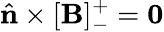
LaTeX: \hat{\mathbf{n}}\times[\mathbf{B}]_{-}^{+}=\mathbf{0}